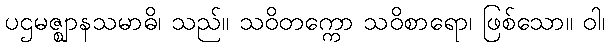
ပဌမဇ္ဈာနသမာဓိ၊ သည်။ သဝိတက္ကော သဝိစာရော၊ ဖြစ်သော။ ဝါ၊